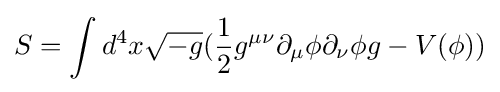
S=\int d^{4}x{\sqrt {-g}}({\frac {1}{2}}g^{{\mu }{\nu }}\partial _{\mu }\phi \partial _{\nu }\phi g-V(\phi ))